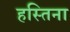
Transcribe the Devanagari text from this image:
हस्तिना